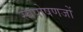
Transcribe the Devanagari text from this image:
स्वपोषणजों